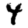
Digit: 4